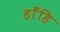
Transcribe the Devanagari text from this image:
हाँहि